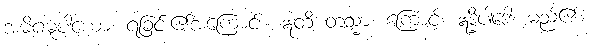
အဓိဂမူပါယော၊ ရခြင်း၏အကြောင်း။ ဣတိ တသ္မာ၊ ကြောင့်။ ဣဒ္ဓိပါဒေါ၊ မည်၏။